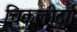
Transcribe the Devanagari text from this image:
चिकलीदुर्ग